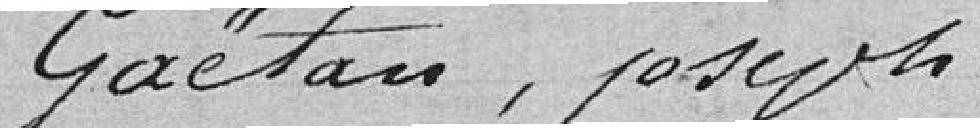
Gaëtan, Joseph